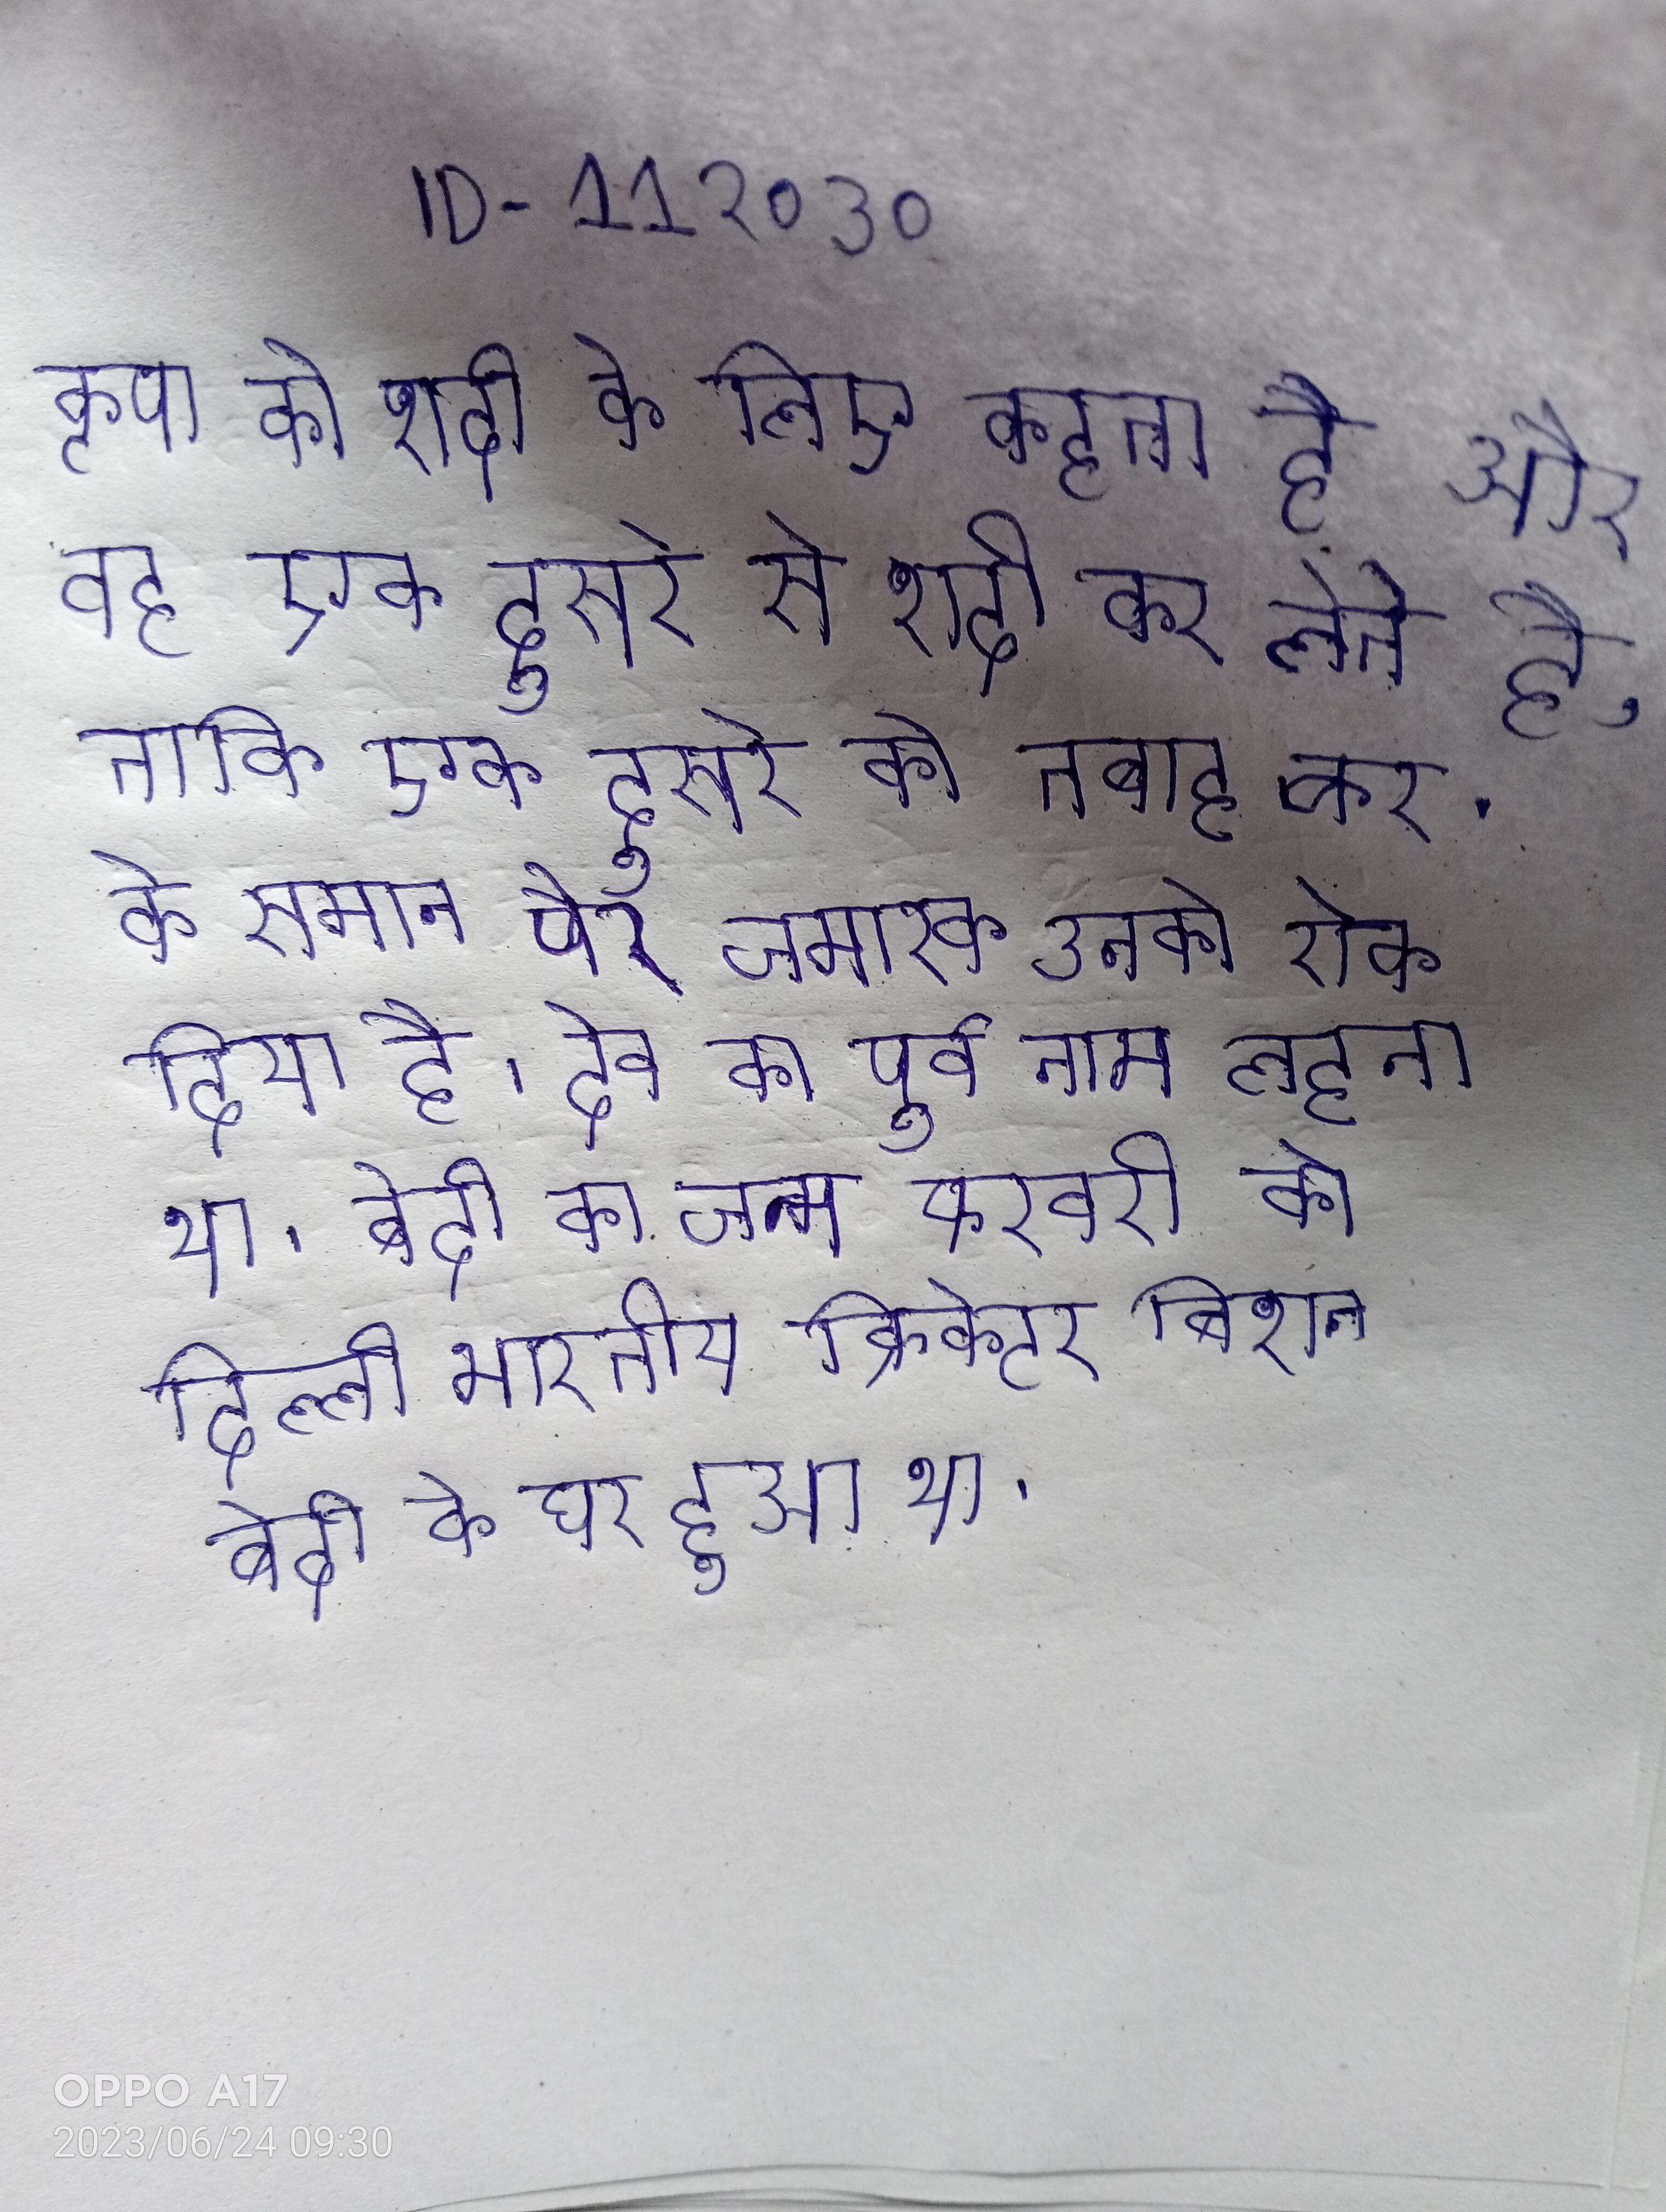
कृपा को शादी के लिए कहता है और वह एक दूसरे से शादी कर लेते है, ताकि एक दूसरे को तबाह कर । के समान पैर जमारक उनको रोक दिया है । देव का पूर्व नाम लहना था । बेदी का जन्म फरवरी को दिल्ली भारतीय क्रिकेटर बिशन बेदी के घर हुआ था ।